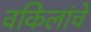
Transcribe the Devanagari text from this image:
वकिलांचे